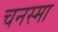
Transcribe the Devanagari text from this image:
चनस्मा